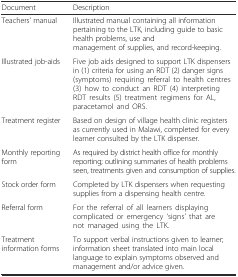
| Document | Description |
 | --- | --- |
 | Teachers’ manual | Illustrated manual containing all information pertaining to the LTK, including guide to basic health problems, use and management of supplies, and record-keeping. |
 | Illustrated job-aids | Five job aids designed to support LTK dispensers in (1) criteria for using an RDT (2) danger signs (symptoms) requiring referral to health centres (3) how to conduct an RDT (4) interpreting RDT results (5) treatment regimens for AL, paracetamol and ORS. |
 | Treatment register | Based on design of village health clinic registers as currently used in Malawi, completed for every learner consulted by the LTK dispenser. |
 | Monthly reporting form | As required by district health office for monthly reporting; outlining summaries of health problems seen, treatments given and consumption of supplies. |
 | Stock order form | Completed by LTK dispensers when requesting supplies from a dispensing health centre. |
 | Referral form | For the referral of all learners displaying complicated or emergency ‘signs’ that are not managed using the LTK. |
 | Treatment information forms | To support verbal instructions given to learner; information sheet translated into main local language to explain symptoms observed and management and/or advice given. |